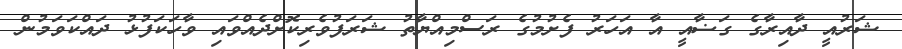
ޝަރުއީ ދާއިރާގެ ގަޟާއީ އާ އަހަރު ފެށުމުގެ ރަސްމިއްޔާތު ޝަރަފުވެރިކޮށްދެއްވައި ވާހަކަފުޅު ދައްކަވަމުން